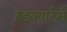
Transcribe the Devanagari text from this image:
हेडक्वार्टर्स्